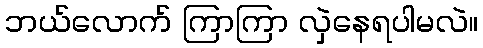
ဘယ်လောက် ကြာကြာ လှဲနေရပါမလဲ။